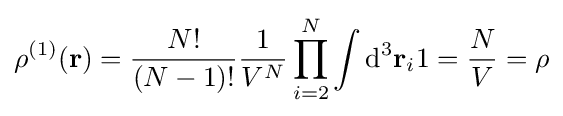
\rho ^{(1)}(\mathbf {r} )={\frac {N!}{(N-1)!}}{\frac {1}{V^{N}}}\prod _{i=2}^{N}\int \mathrm {d} ^{3}\mathbf {r} _{i}1={\frac {N}{V}}=\rho